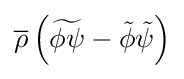
{\overline {\rho }}\left({\widetilde {\phi \psi }}-{\tilde {\phi }}{\tilde {\psi }}\right)